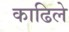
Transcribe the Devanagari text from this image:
काढिले